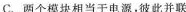
C. 两个模块相当于电源，彼此并联